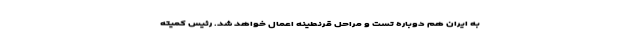
به ایران هم دوباره تست و مراحل قرنطینه اعمال خواهد شد. رئیس کمیته